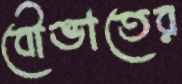
বৌভাতের